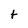
Character: t